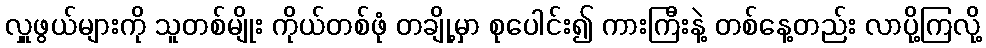
လှူဖွယ်များကို သူတစ်မျိုး ကိုယ်တစ်ဖုံ တချို့မှာ စုပေါင်း၍ ကားကြီးနဲ့ တစ်နေ့တည်း လာပို့ကြလို့